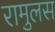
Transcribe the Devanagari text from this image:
रामुलस